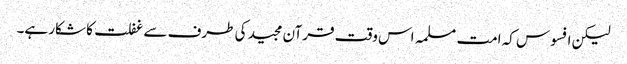
لیکن افسوس کہ امت مسلمہ اس وقت قرآن مجید کی طرف سے غفلت کا شکار ہے۔